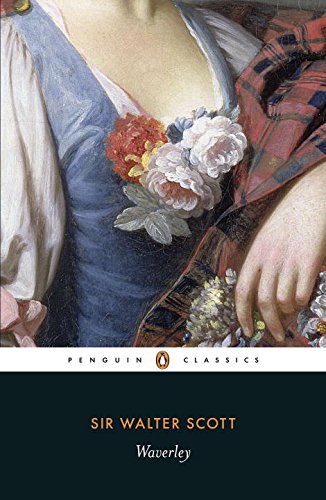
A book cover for Waverley (Penguin Classics); Walter Scott; Romance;